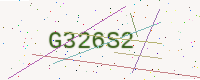
Text: G326S2